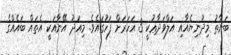
ބަނާތު މިދުނިޔެއާއި އަލްވަދާޢުކީ 3 އަހަރަށް ފަހުގައެވެ. މިއަދު އޭނާއަކީ އެތައް ބައެއްގެ